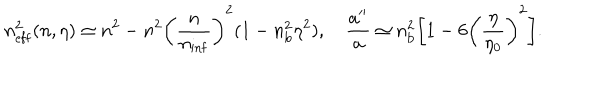
n _ { \mathrm { e f f } } ^ { 2 } ( n , \eta ) \simeq n ^ { 2 } - n ^ { 2 } \biggl ( \frac { n } { n _ { \mathrm { i n f } } } \biggr ) ^ { 2 } ( 1 - n _ { \mathrm { b } } ^ { 2 } \eta ^ { 2 } ) , \quad \frac { a ^ { \prime \prime } } { a } \simeq n _ { \mathrm { b } } ^ { 2 } \biggl [ 1 - 6 \biggl ( \frac { \eta } { \eta _ { 0 } } \biggr ) ^ { 2 } \biggr ] .